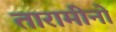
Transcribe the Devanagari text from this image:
तारामीनों